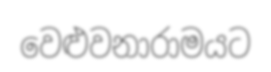
වෙළුවනාරාමයට